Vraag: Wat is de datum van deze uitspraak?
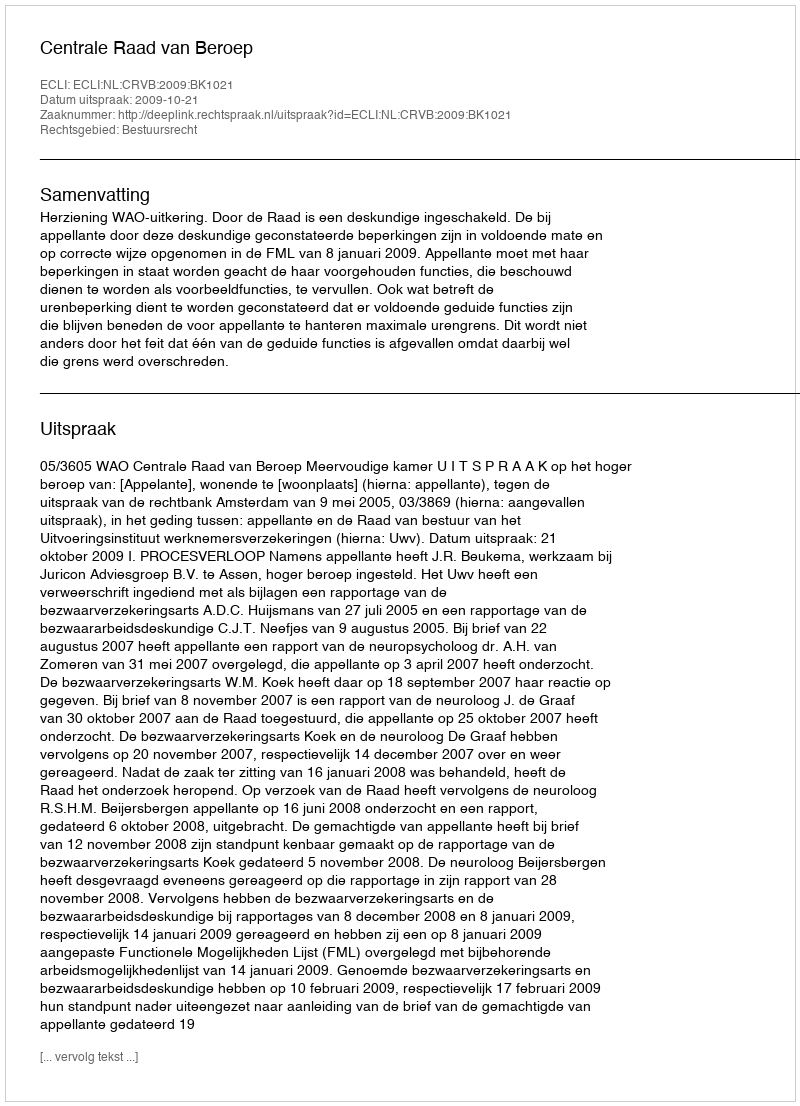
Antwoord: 2009-10-21